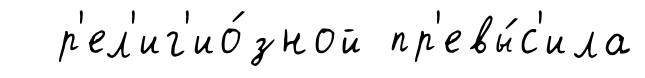
р'ел'иг'ио́зной пр'евы́с'ила